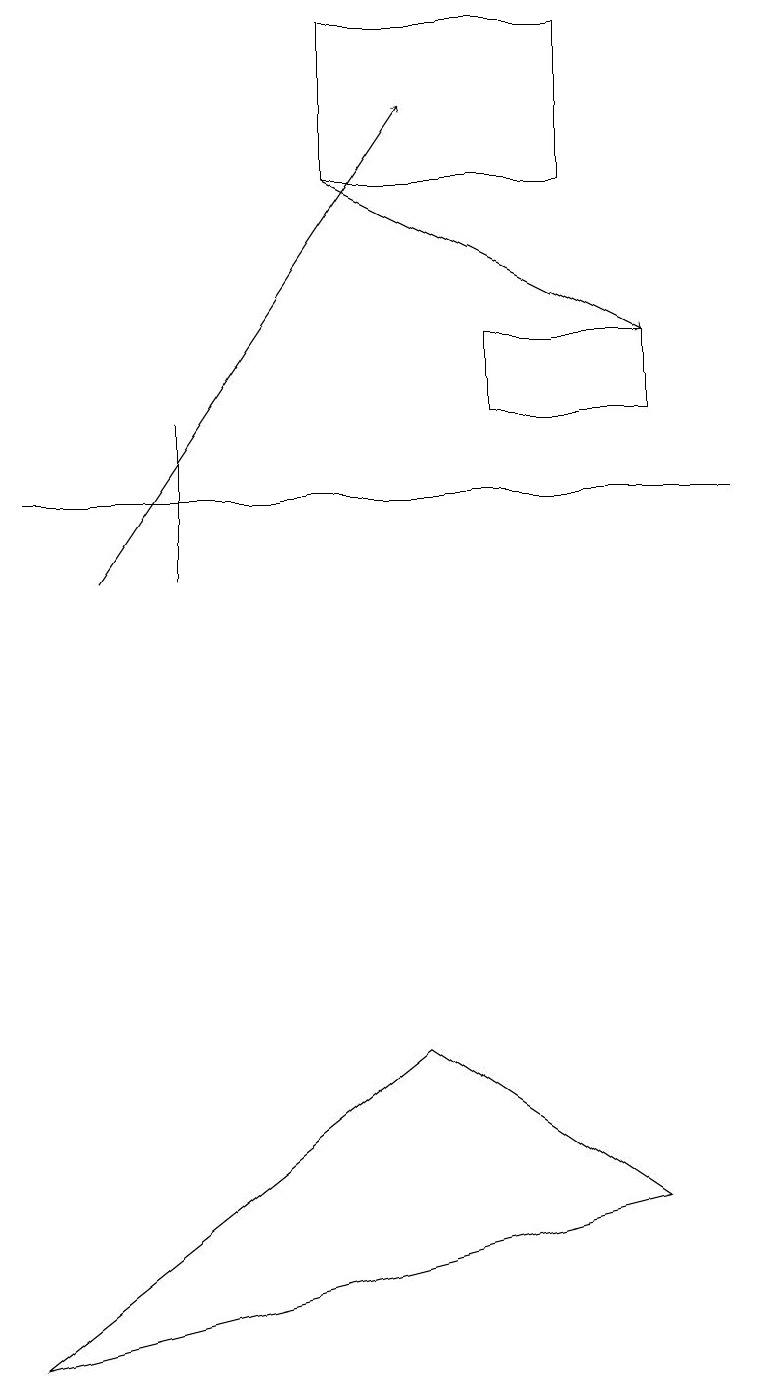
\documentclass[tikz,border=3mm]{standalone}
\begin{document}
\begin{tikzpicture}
\draw (8,14) rectangle (6,15);
\draw (4,17) rectangle (7,19);
\draw[->] (4,17) -- (8,15);
\draw (0,2) -- (5,6) -- (8,4) -- cycle;
\draw (2,14) rectangle (2,12);
\draw (9,13) rectangle (0,13);
\draw[->] (1,12) -- (5,18);
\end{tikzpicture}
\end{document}